Statistics of inoculations with Haffkine's anti-plague vaccine 1897-1900
Year: 1897
Disease focus: Plague
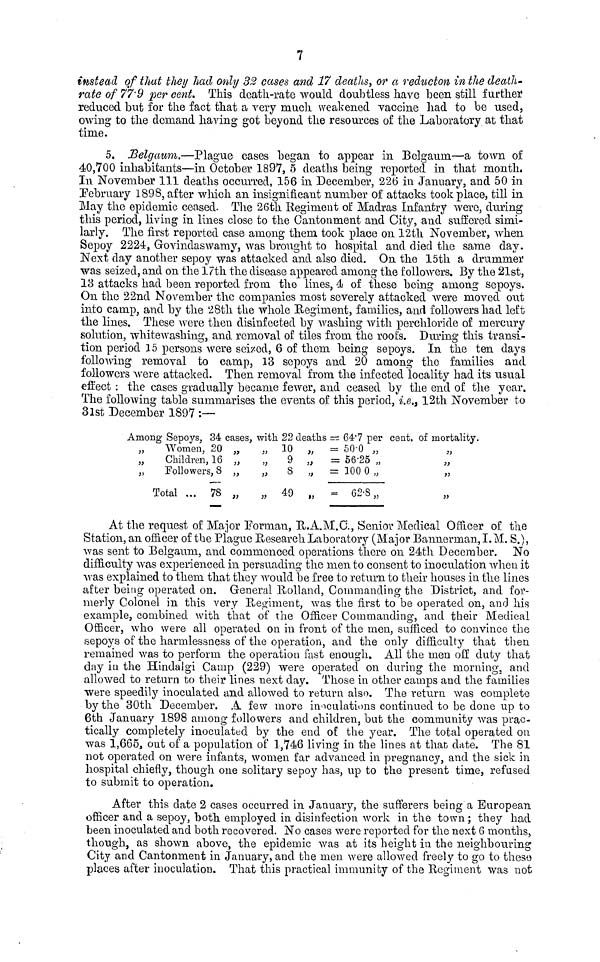
7
instead of that they had only 32 cases and 17 deaths, or a reducton in the death-
rate of 77.9 per cent. This death-rate would doubtless have been still further
reduced but for the fact that a very much weakened vaccine had to be used,
owing to the demand having got beyond the resources of the Laboratory at that
time.
5. Belgaibm.—Plague cases began to appear in Belgaurn—a town of
40,700 inhabitants—in October 1897, 5 deaths being reported in that month.
In November 111 deaths occurred, 156 in December, 226 in January, and 50 in
February 1898, after which an insignificant number of attacks took place, till in
May the epidemic ceased. The 26th Regiment of Madras Infantry were, during
this period, living in lines close to the Cantonment and City, and suffered simi-
larly. The first reported case among them took place on 12th November, when
Sepoy 2224, Govindaswamy, was brought to hospital and died the same day.
Next day another sepoy was attacked and also died. On the 15th a drummer
was seized, and on the 17th the disease appeared among the followers. By the 21st,
13 attacks had been reported from the lines, 4 of these being among sepoys.
On the 22nd November the companies most severely attacked were moved out
into camp, and by the 28th the whole Regiment, families, and followers had left
the lines. These were then disinfected by washing with perchloride of mercury
solution, whitewashing, and removal of tiles from the root's. During this transi-
tion period 15 persons were seized, 6 of them being sepoys. In the ten days
following removal to camp, 13 sepoys and 20 among the families and
followers were attacked. Then removal from the infected locality had its usual
effect . the cases gradually became fewer, and ceased by the end of the year.
The following table summarises the events of this period, i.e., 12th November to
31st December 1897 :—-
Among Sepoys, 34 cases, with 22 deaths = 64.7 per cent, of mortality.
„
Women, 20
„
Children, 16
„
Followers, 8
Total ... 78
,,
,,
,,
,,
,,
,,
,,
,,
10
9
8
40
,,
,,
,,
,,
= 50.0 „
= 56.25 „
= 100 0 „
= 62.8 ,,
,,
,,
,,
,,
At the request of Major Forman, R.A.M.C., Senior Medical Officer of the
Station, an officer of the Plague Research Laboratory (Major Bannerman, I. M. S.),
was sent to Belgaum, and commenced operations there on 24th December. No
difficulty was experienced in persuading the men to consent to inoculation when it
was explained to them that they would be free to return to their houses in the lines
after being operated on. General Rolland, Commanding the District, and for-
merly Colonel in this very Regiment, was the first to be operated on, and his
example, combined with that of the Officer Commanding, and their Medical
Officer, who were all operated on in front of the men, sufficed to convince the
sepoys of the harmlessness of the operation, and the only difficulty that then
remained was to perform the operation fast enough. All the men off duty that
day in the Hindalgi Camp (229) were operated on during the morning, and
allowed to return to their lines next day. Those in other camps and the families
were speedily inoculated and allowed to return, also. The return was complete
by the 30th December. A few more inoculations continued to be done up to
6th January 1898 among followers and children, but the community was prac-
tically completely inoculated by the end of the year. The total operated on
was 1,665, out of a population of 1,746 living in the lines at that date. The 81
not operated on were infants, women far advanced in pregnancy, and the sick in
hospital chiefly, though one solitary sepoy has, up to the present time, refused
to submit to operation.
After this date 2 cases occurred in January, the sufferers being a European
officer and a sepoy, both employed in disinfection work in the town ; they had
been inoculated and both recovered. No cases were reported for the next 6 months,
though, as shown above, the epidemic was at its height in the neighbouring
City and Cantonment in January, and the men were allowed freely to go to these
places after inoculation. That this practical immunity of the Regiment was not